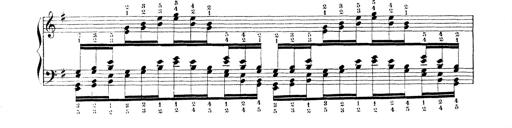
Title: Technische Studien
Composer: Franz Liszt